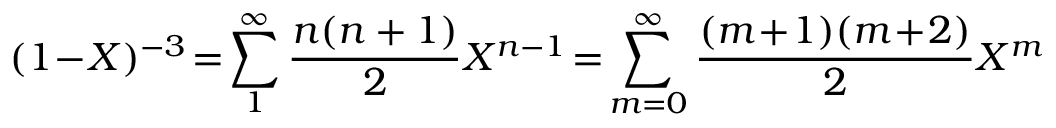
( 1 \! - \! X ) ^ { - 3 } \! = \! \sum _ { 1 } ^ { \infty } \frac { n ( n + 1 ) } { 2 } X ^ { n - 1 } \! = \! \sum _ { m = 0 } ^ { \infty } \frac { ( m \! + \! 1 ) ( m \! + \! 2 ) } { 2 } X ^ { m }